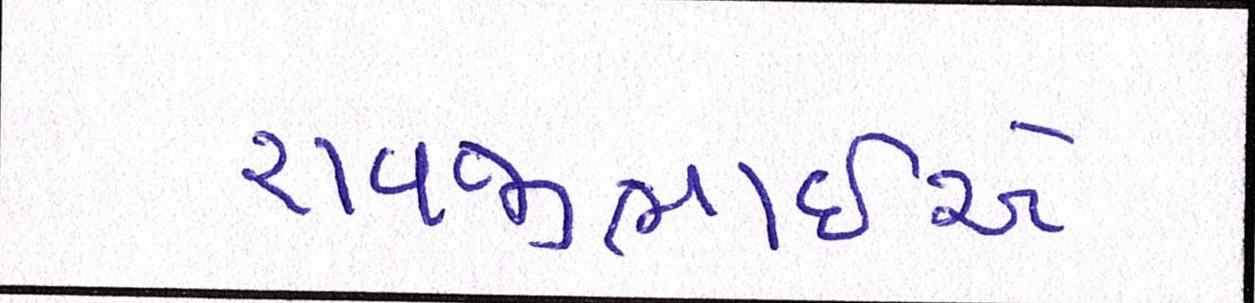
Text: રાવજીભાઈએ